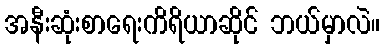
အနီးဆုံးစာရေးကိရိယာဆိုင် ဘယ်မှာလဲ။